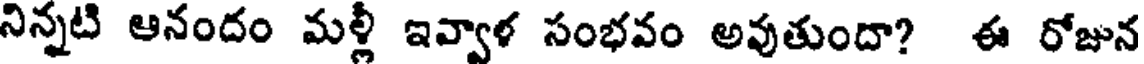
నిన్నటి ఆనందం మళ్లీ ఇవ్వాళ సంభవం అవుతుందా? ఈ రోజున